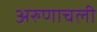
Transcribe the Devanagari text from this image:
अरुणाचली